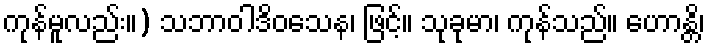
ကုန်မူလည်း။) သဘာဝါဒိဝသေန၊ ဖြင့်။ သုခုမာ၊ ကုန်သည်။ ဟောန္တိ၊